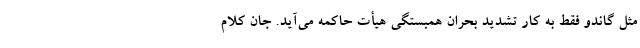
مثل گاندو فقط به کار تشدید بحران همبستگیِ هیأت حاکمه می‌آید. جان کلام